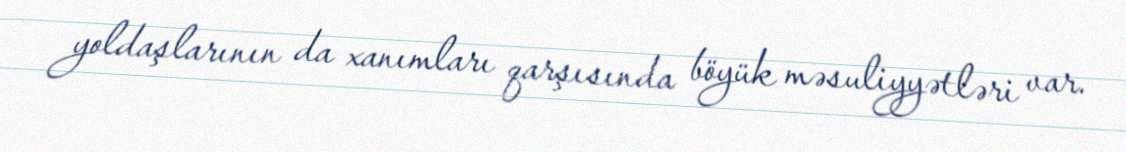
yoldaşlarının da xanımları qarşısında böyük məsuliyyətləri var.